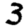
Digit: 3